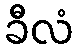
ခီလံ